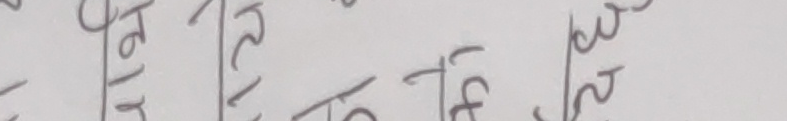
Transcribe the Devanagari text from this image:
रखि दिने र बुझ्‌ने